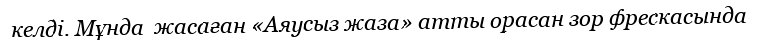
келді. Мұнда  жасаған «Аяусыз жаза» атты орасан зор фрескасында